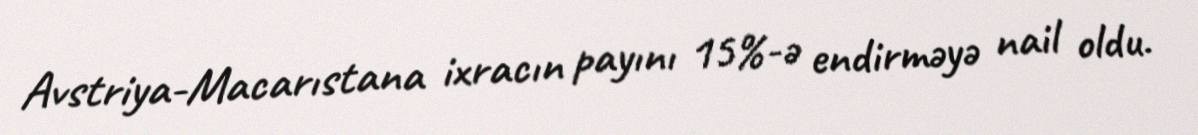
Avstriya-Macarıstana ixracın payını 15%-ə endirməyə nail oldu.